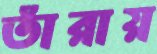
তাঁরায়